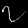
Digit: ၇